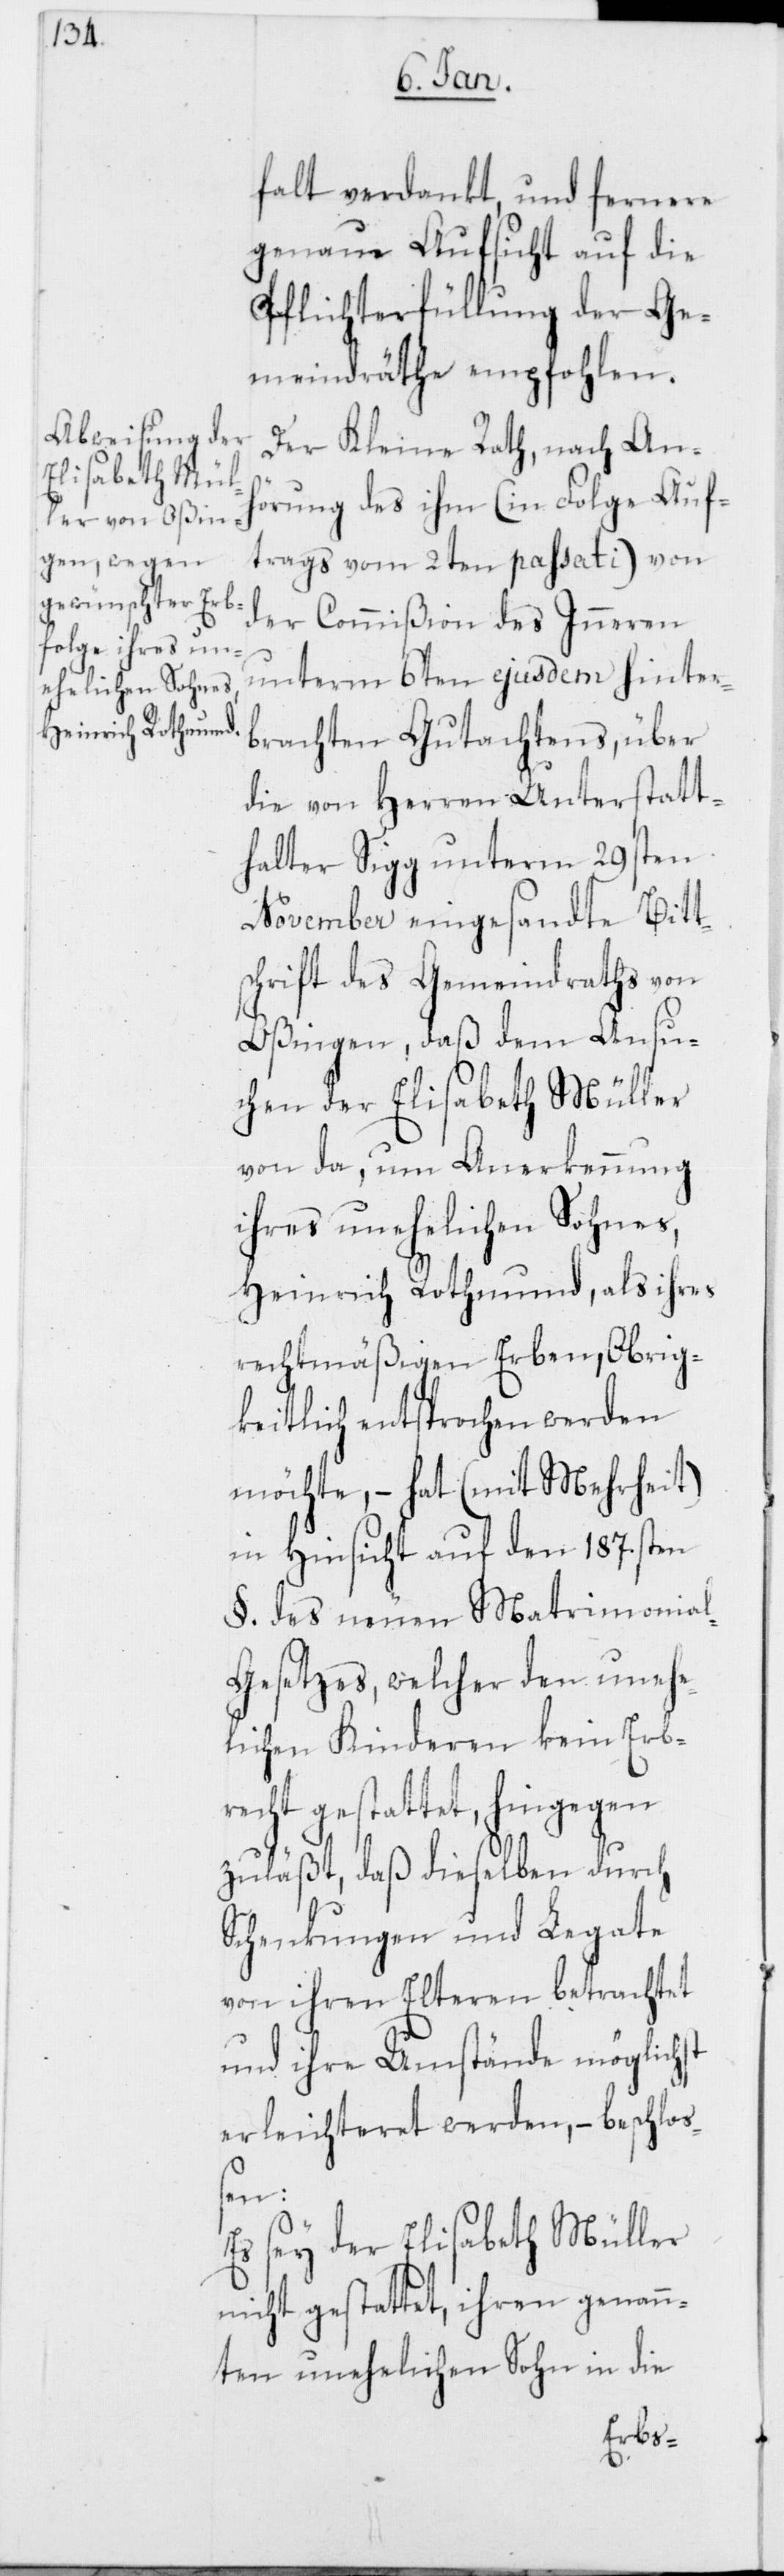
falt verdankt, und fernere
genaue Aufsicht auf die
Pflichterfüllung der Ge¬
meindräthe empfohlen.
Der Kleine Rath, nach Anh¬
örung des ihm (in Folge Auf¬
trags vom 2ten passati) von
der Commißion des Inneren
unterm 6ten ejusdem hinter¬
brachten Gutachtens, über
die von Herren Unterstatt¬
halter Sigg unterm 29sten
November eingesandte Bitt¬
schrift des Gemeindraths von
Oßingen, daß dem Ansu¬
chen der Elisabeth Müller
von da, um Anerkennung
ihres unehelichen Sohnes,
Heinrich Rothmund, als ihres
rechtmäßigen Erben, Obrig¬
keitlich entsprochen werden
möchte, – hat (mit Mehrheit)
in Hinsicht auf den 187.sten
§. des neuen Matrimonia¬
l-Gesetzes, welcher den unehe¬
lichen Kinderen kein Erb¬
recht gestattet, hingegen
zuläßt, daß dieselben durch
Schenkungen und Legate
von ihren Elteren betrachtet
und ihre Umstände möglichst
erleichteret werden, – beschloß¬
en:
Es sey der Elisabeth Müller
nicht gestattet, ihren genann¬
ten unehelichen Sohn in die